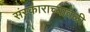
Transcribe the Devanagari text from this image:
संस्काराच्यावेळी